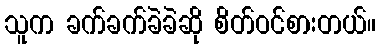
သူက ခက်ခက်ခဲခဲဆို စိတ်ဝင်စားတယ်။